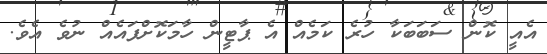
އެއީ ކޮން ސަބަބަކާ ހުރެ ކަމެއް އެ ޕާޓީން ހާމަކޮށްފައެއް ނުވެ އެވެ.